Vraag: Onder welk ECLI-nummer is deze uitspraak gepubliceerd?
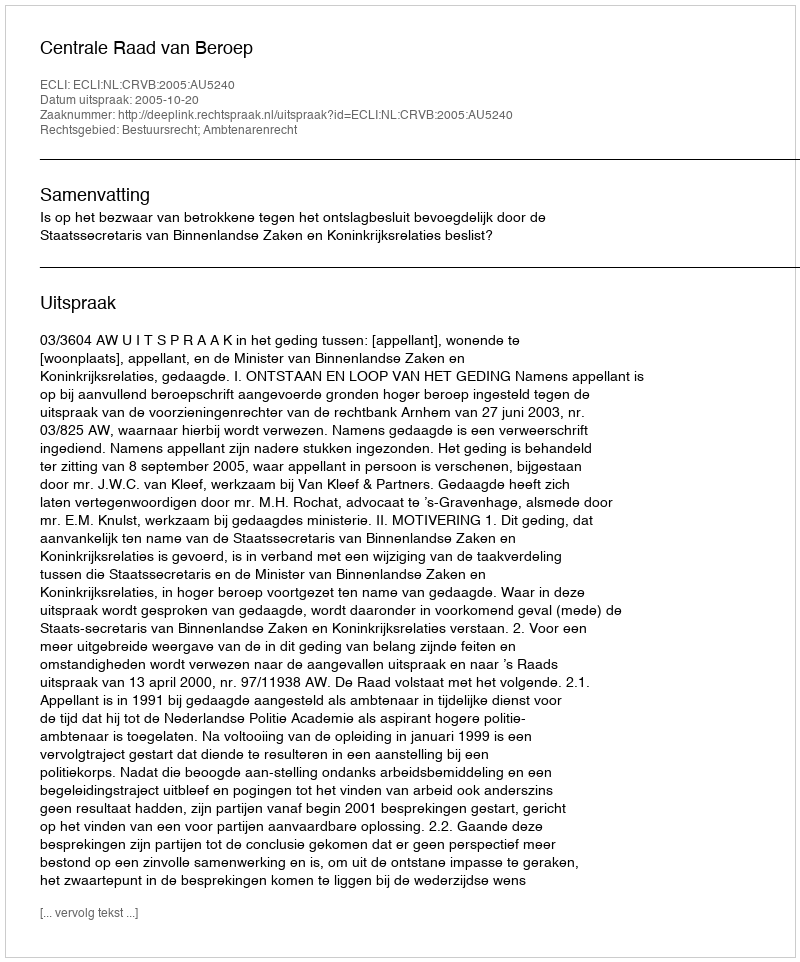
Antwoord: ECLI:NL:CRVB:2005:AU5240